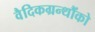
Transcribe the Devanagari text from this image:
वैदिकग्रन्थौंको